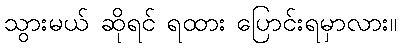
သွားမယ် ဆိုရင် ရထား ပြောင်းရမှာလား။